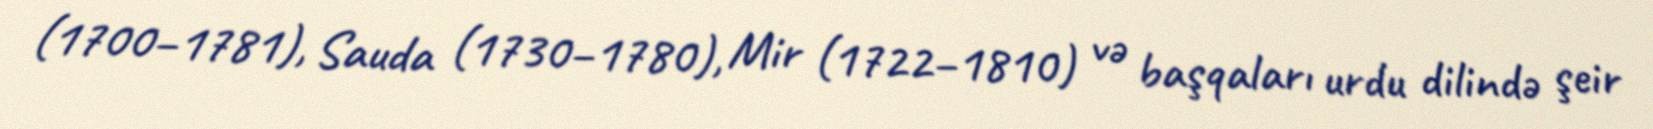
(1700–1781), Sauda (1730–1780), Mir (1722–1810) və başqaları urdu dilində şeir